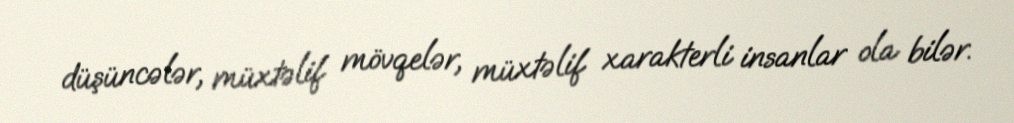
düşüncələr, müxtəlif mövqelər, müxtəlif xarakterli insanlar ola bilər.